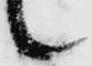
々